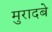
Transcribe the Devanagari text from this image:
मुरादबे